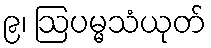
၉၊ ဩပမ္မသံယုတ်